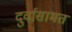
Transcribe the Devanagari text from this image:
दुर्वासामत